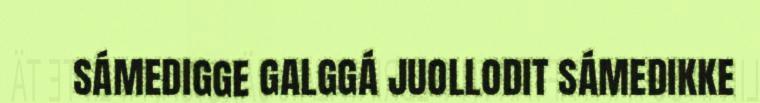
SÁMEDIGGE GALGGÁ JUOLLODIT SÁMEDIKKE